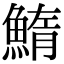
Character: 鰖